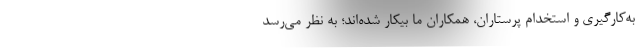
به‌کارگیری و استخدام پرستاران، همکاران ما بیکار شده‌اند؛ به نظر می‌رسد